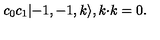
c _ { 0 } c _ { 1 } | { - } 1 , { - } 1 , k \rangle , k { \cdot } k = 0 .